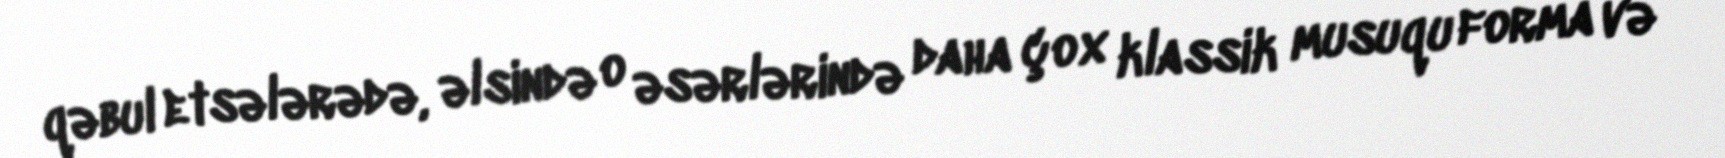
qəbul etsələrədə, əlsində o əsərlərində daha çox klassik musuqu forma və